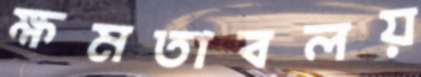
ক্ষমতাবলয়